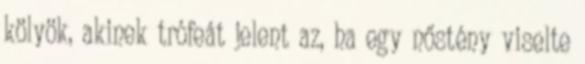
kölyök, akinek trófeát jelent az, ha egy nőstény viselte